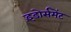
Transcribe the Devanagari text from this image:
इंडोर्समेंट